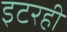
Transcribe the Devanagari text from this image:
इटरही